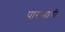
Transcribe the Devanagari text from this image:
पारध्यांची